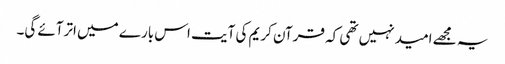
یہ مجھے امید نہیں تھی کہ قرآن کریم کی آیت اس بارے میں اترآئے گی۔